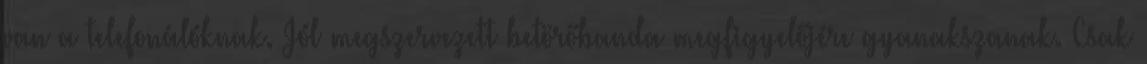
van a telefonálóknak. Jól megszervezett betörőbanda megfigyelőjére gyanakszanak. Csak